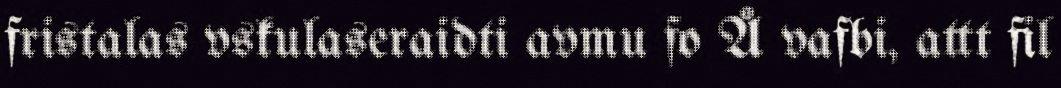
fristalas vskulaseraidti avmu fo Å vafbi, attt fil